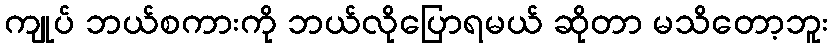
ကျုပ် ဘယ်စကားကို ဘယ်လိုပြောရမယ် ဆိုတာ မသိတော့ဘူး